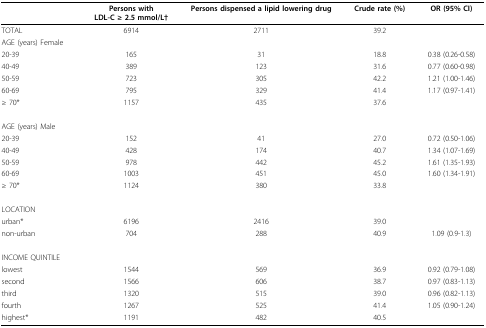
|  | Persons withLDL-C ≥ 2.5 mmol/L† | Persons dispensed a lipid lowering drug | Crude rate (%) | OR (95% CI) |
 | --- | --- | --- | --- | --- |
 | TOTAL | 6914 | 2711 | 39.2 |  |
 | AGE (years) Female |  |  |  |  |
 | 20-39 | 165 | 31 | 18.8 | 0.38 (0.26-0.58) |
 | 40-49 | 389 | 123 | 31.6 | 0.77 (0.60-0.98) |
 | 50-59 | 723 | 305 | 42.2 | 1.21 (1.00-1.46) |
 | 60-69 | 795 | 329 | 41.4 | 1.17 (0.97-1.41) |
 | ≥ 70* | 1157 | 435 | 37.6 |  |
 | AGE (years) Male |  |  |  |  |
 | 20-39 | 152 | 41 | 27.0 | 0.72 (0.50-1.06) |
 | 40-49 | 428 | 174 | 40.7 | 1.34 (1.07-1.69) |
 | 50-59 | 978 | 442 | 45.2 | 1.61 (1.35-1.93) |
 | 60-69 | 1003 | 451 | 45.0 | 1.60 (1.34-1.91) |
 | ≥ 70* | 1124 | 380 | 33.8 |  |
 | LOCATION |  |  |  |  |
 | urban* | 6196 | 2416 | 39.0 |  |
 | non-urban | 704 | 288 | 40.9 | 1.09 (0.9-1.3) |
 | INCOME QUINTILE |  |  |  |  |
 | lowest | 1544 | 569 | 36.9 | 0.92 (0.79-1.08) |
 | second | 1566 | 606 | 38.7 | 0.97 (0.83-1.13) |
 | third | 1320 | 515 | 39.0 | 0.96 (0.82-1.13) |
 | fourth | 1267 | 525 | 41.4 | 1.05 (0.90-1.24) |
 | highest* | 1191 | 482 | 40.5 |  |